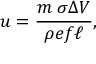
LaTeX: u = { \frac { m \; \sigma \Delta V } { \rho e f \ell } } ,